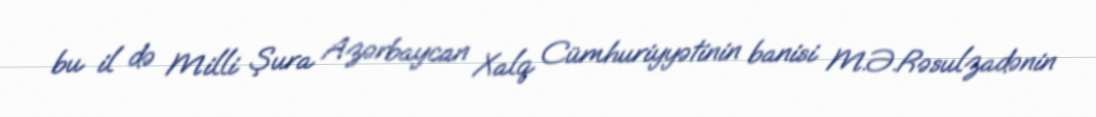
bu il də Milli Şura Azərbaycan Xalq Cümhuriyyətinin banisi M.Ə.Rəsulzadənin